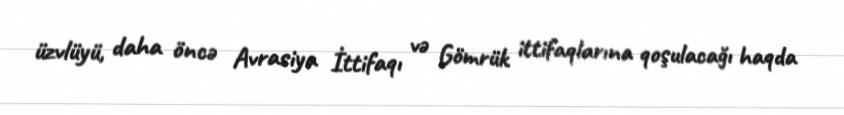
üzvlüyü, daha öncə Avrasiya İttifaqı və Gömrük ittifaqlarına qoşulacağı haqda